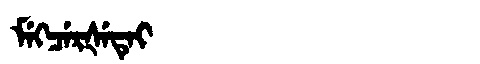
Manchu: ᠮᡝᡴᠴᡝᡵᡧᡝᡨᡝᡳ
Romanization: MEKCERŠETEI